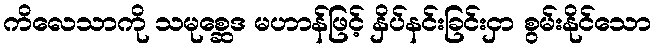
ကိလေသာကို သမုစ္ဆေဒ မဟာန်ဖြင့် နှိပ်နင်းခြင်းငှာ စွမ်းနိုင်သော